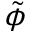
\tilde { \phi }